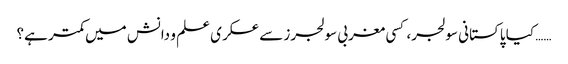
…… کیا پاکستانی سولجر، کسی مغربی سولجرز سے عسکری علم و دانش میں کمتر ہے؟